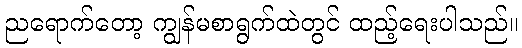
ညရောက်တော့ ကျွန်မစာရွက်ထဲတွင် ထည့်ရေးပါသည်။